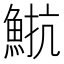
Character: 𩷠